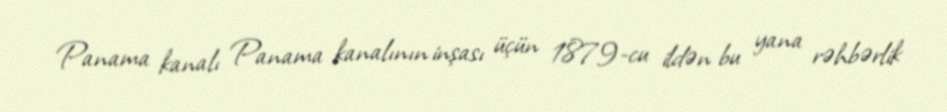
Panama kanalı Panama kanalının inşası üçün 1879-cu ildən bu yana rəhbərlik